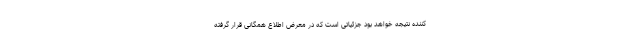
کننده نتیجه خواهد بود جزئیاتی است که در معرض اطلاع همگانی قرار گرفته